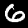
Digit: 6